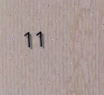
11